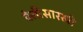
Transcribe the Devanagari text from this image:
वेलीसारखी